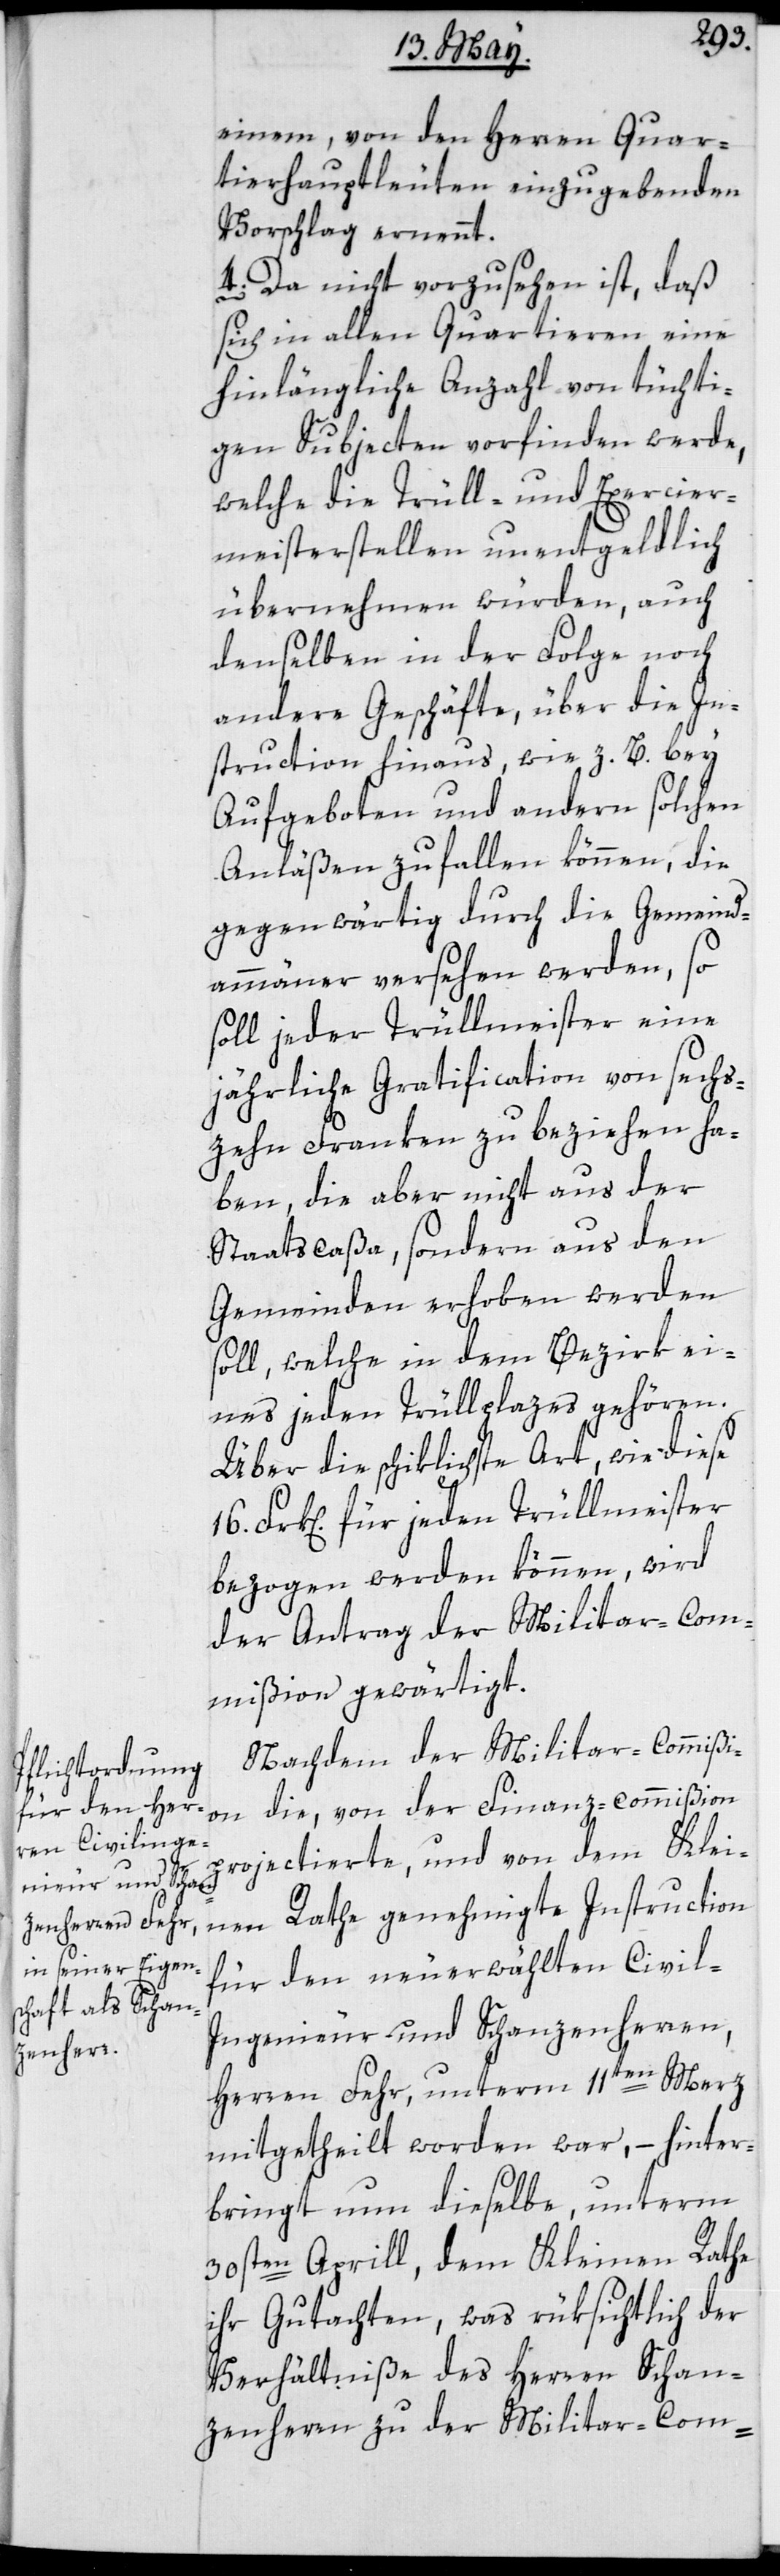
einem, von den Herren Quar¬
tierhauptleuten einzugebenden
Vorschlag ernennt.
4) Da nicht vorzusehen ist, daß
sich in allen Quartieren eine
hinlängliche Anzahl von tüchti¬
gen Subjecten vorfinden werde,
welche die Trüll- und Exercier¬
meister-Stellen unentgeldlich
übernehmen würden, auch
denselben in der Folge noch
andere Geschäfte, über die In¬
struction hinaus, wie z.B. bey
Aufgeboten und andern solchen
Anläßen zufallen können, die
gegenwärtig durch die Gemeind¬
ammänner versehen werden, so
soll jeder Trüllmeister eine
jährliche Gratification von sechs¬
zehn Franken zu beziehen ha¬
ben, die aber nicht aus der
Staatscaßa, sondern aus den
Gemeinden erhoben werden
soll, welche in dem Bezirk ei¬
nes jeden Trüllplazes gehören.
Über die schiklichste Art, wie diese
Frk[en]. für jeden Trüllmeister
bezogen werden können, wird
der Antrag der Militar-Com¬
mißion gewärtigt.
Nachdem der Militar-Commißi¬
on die, von der Finanz-Commißion
projectierte, und von dem Klei¬
nen Rathe genehmigte Instruction
für den neuerwählten Civil-I¬
ngenieur und Schanzenherren,
Herren Fehr, unterm 11ten Merz
mitgetheilt worden war, – hinter¬
bringt nun dieselbe unterm
30sten Aprill, dem Kleinen Rathe
ihr Gutachten, was rüksichtlich der
Verhältniße des Herren Schan¬
zenherrn zu der Militar-Com-